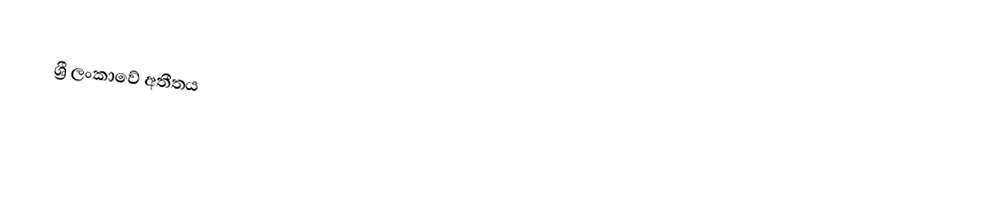
ශ්‍රී ලංකාවේ අතීතය